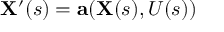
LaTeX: \mathbf { X } ^ { \prime } ( s ) = \mathbf { a } ( \mathbf { X } ( s ) , U ( s ) )